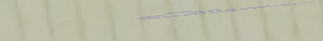
خدمات الضيافة والمناسبات